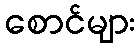
စောင်များ